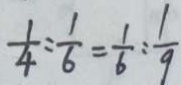
\frac { 1 } { 4 } : \frac { 1 } { 6 } = \frac { 1 } { 6 } : \frac { 1 } { 9 }